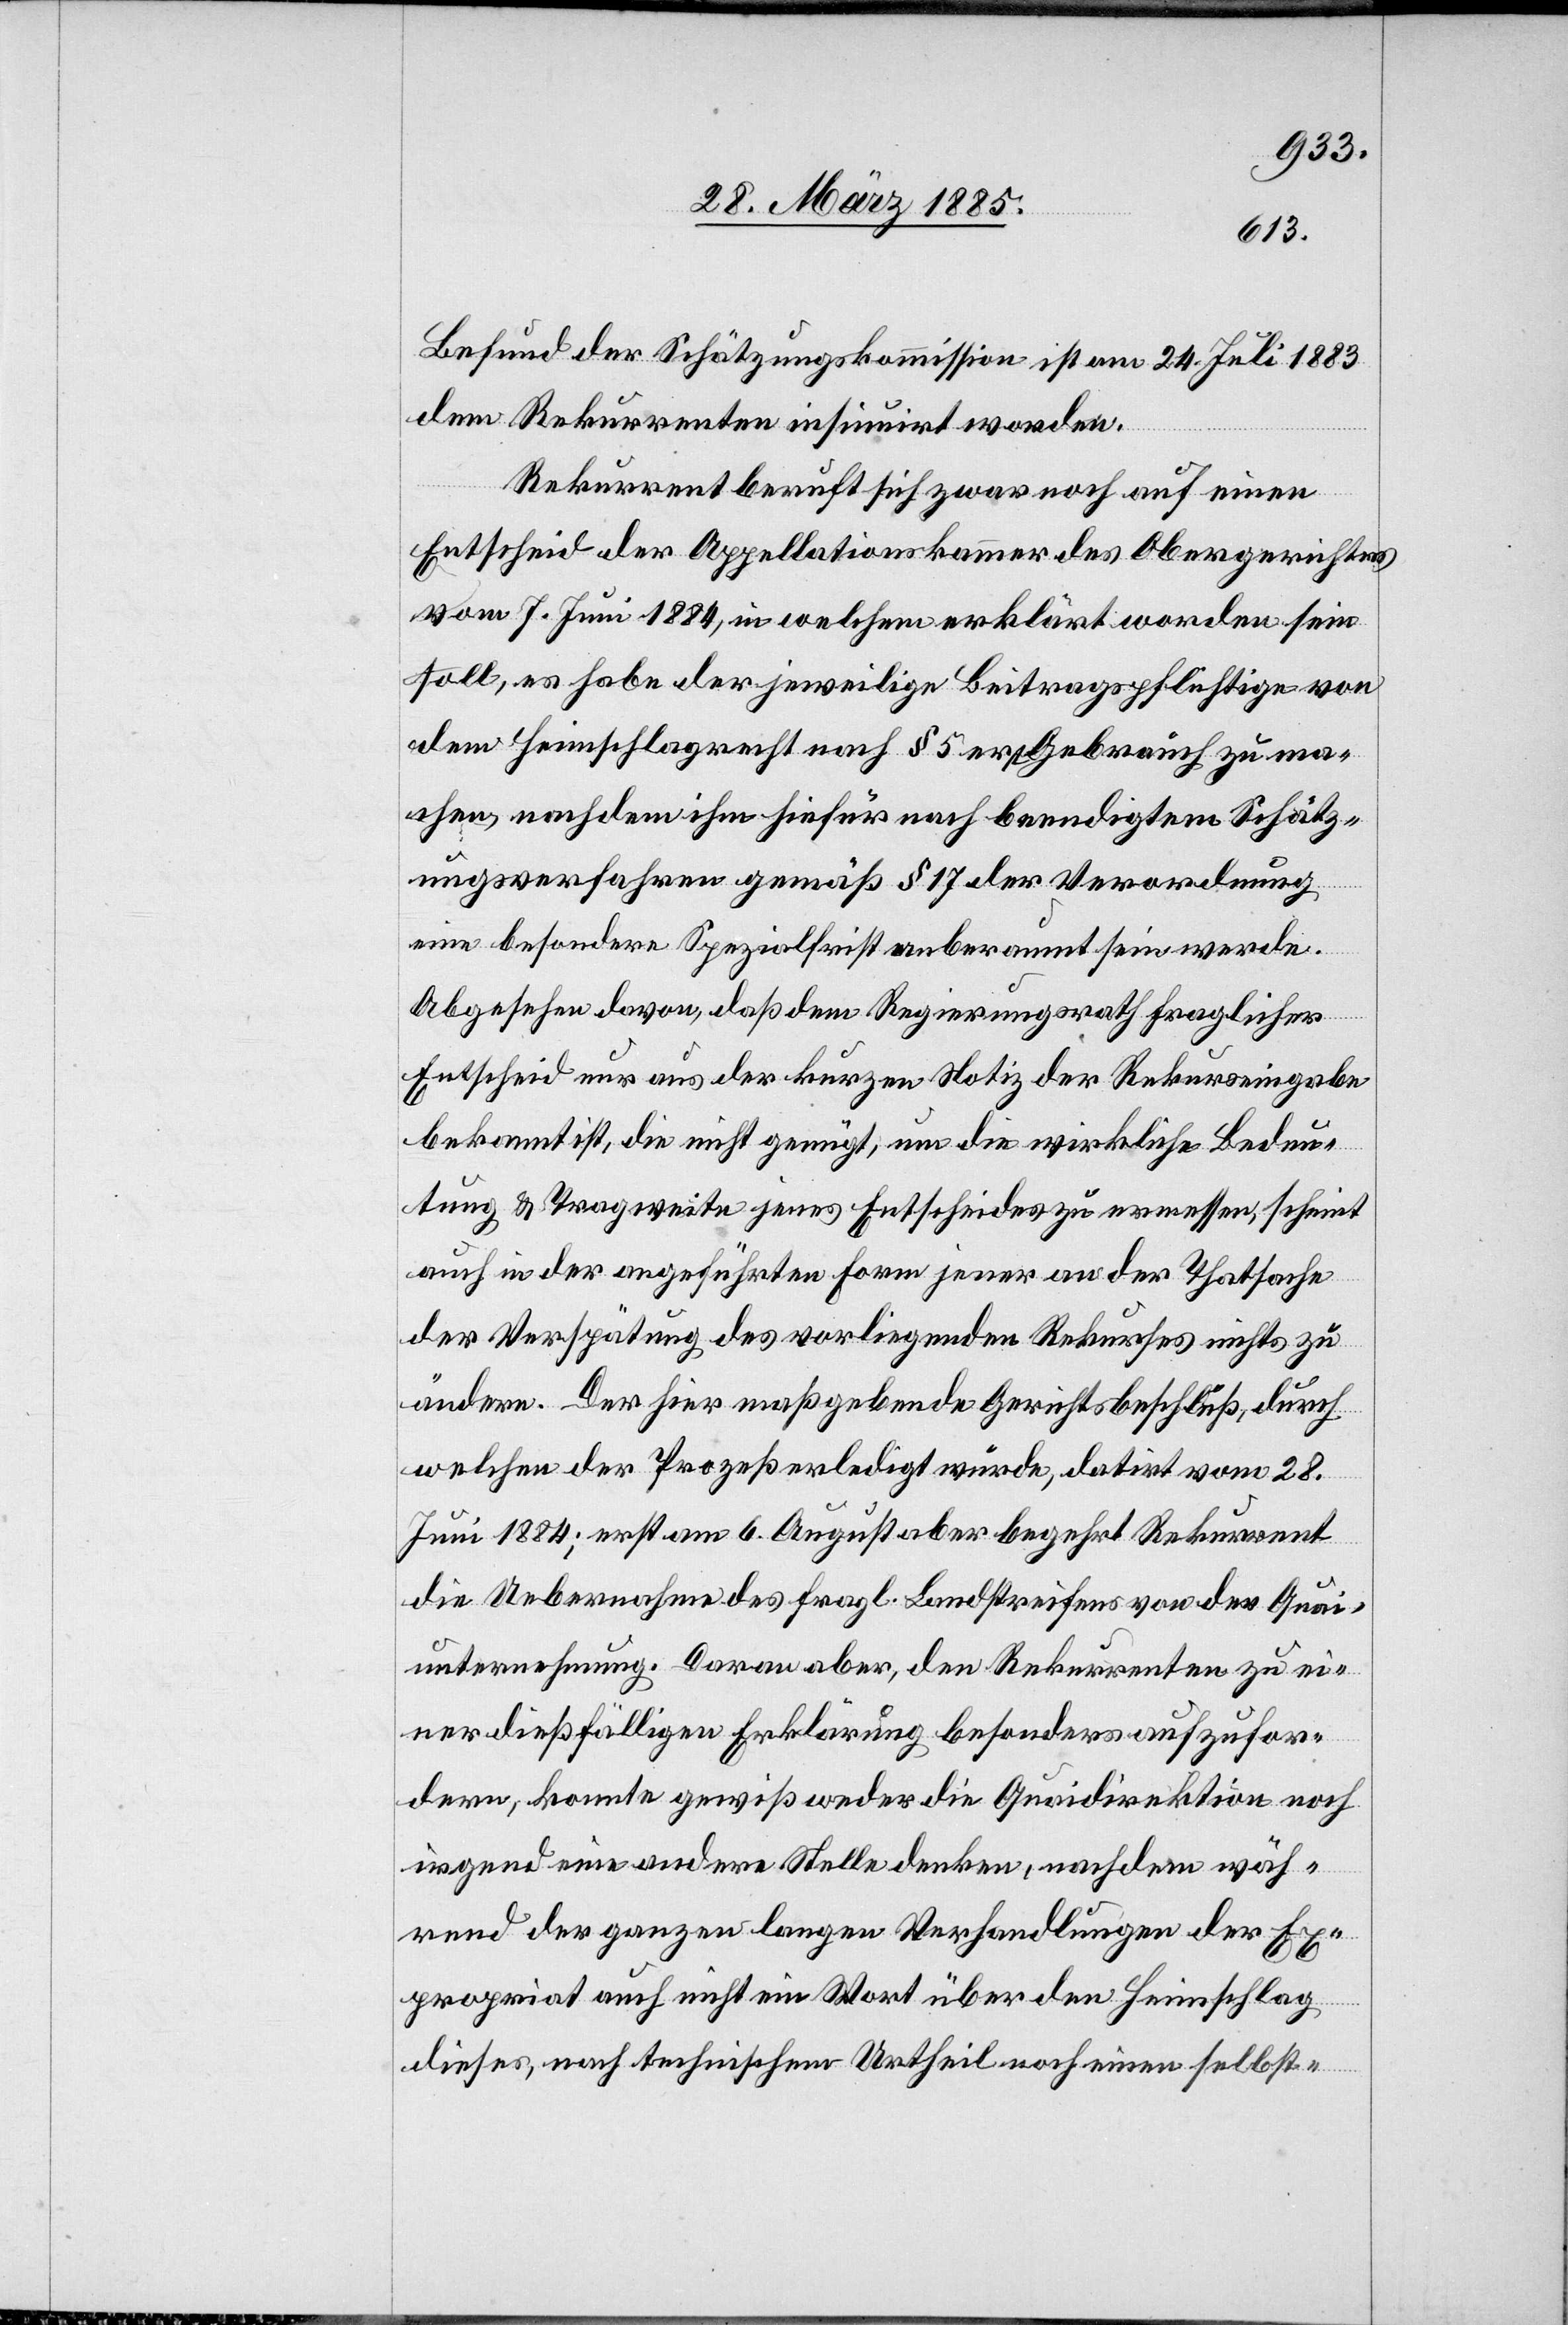
Befund der Schätzungskommission ist am 24. Juli 1883
dem Rekurrenten insinuirt worden.
Rekurrent beruft sich zwar noch auf einen
Entscheid der Appellationskammer des Obergerichtes
vom 7. Juni 1884, in welchem erklärt worden sein
soll, es habe der jeweilige Beitragspflichtige von
dem Heimschlagrecht nach § 5 erst Gebrauch zu ma¬
chen, nachdem ihm hiefür nach beendigtem Schätz¬
ungsverfahren gemäß § 17 der Verordnung
eine besondere Spezialfrist anberaumt sein werde.
Abgesehen davon, daß dem Regierungsrath fraglicher
Entscheid nur aus der kurzen Notiz der Rekurseingabe
bekannt ist, die nicht genügt, um die wirkliche Bedeu¬
tung & Tragweite jenes Entscheides zu ermessen, scheint
auch in der angeführten Form jener an der Thatsache
der Verspätung des vorliegenden Rekurses nichts zu
ändern. Der hier maßgebende Gerichtsbeschluß, durch
welchen der Prozeß erledigt würde, datirt vom 28.
Juni 1884; erst am 6. August aber begehrt Rekurrent
die Uebernahme des fragl. Landstreifens von der Quai¬
unternehmung. Daran aber, den Rekurrenten zu ei¬
ner dießfälligen Erklärung besonders aufzufor¬
dern, konnte gewiß weder die Quaidirektion noch
irgend eine andere Stelle denken, nachdem wäh¬
rend der ganzen langen Verhandlungen der Ex¬
propriat auch nicht ein Wort über den Heimschlag
dieses, nach technischem Urtheil noch einen selbst-